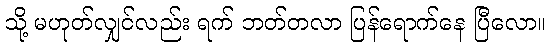
သို့ မဟုတ်လျှင်လည်း ရက် ဘတ်တလာ ပြန်ရောက်နေ ပြီလော။